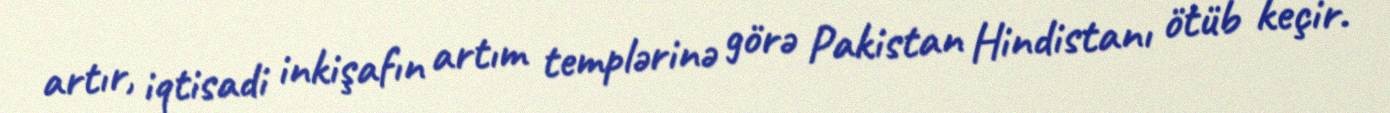
artır, iqtisadi inkişafın artım templərinə görə Pakistan Hindistanı ötüb keçir.